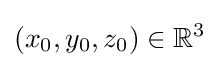
(x_{0},y_{0},z_{0})\in \mathbb {R} ^{3}